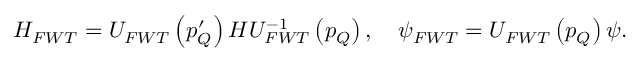
H _ { F W T } = U _ { F W T } \left( p _ { Q } ^ { \prime } \right) H U _ { F W T } ^ { - 1 } \left( p _ { Q } \right) , \quad \psi _ { F W T } = U _ { F W T } \left( p _ { Q } \right) \psi .